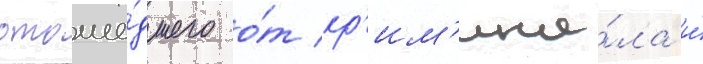
отоше́дшего о́т кр'им'ина́ла и́